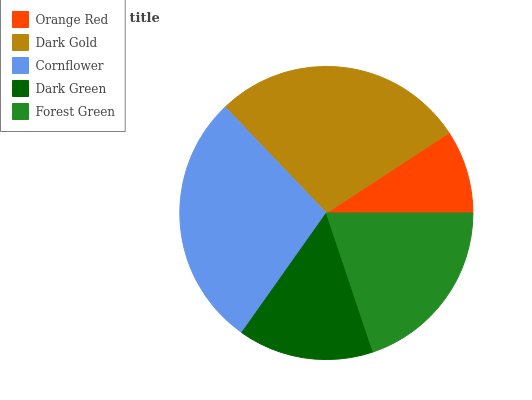
| Orange Red | Dark Gold | Cornflower | Dark Green | Forest Green |
 | --- | --- | --- | --- | --- |
 | 9.21% | 27.9% | 28% | 15% | 19.9% |